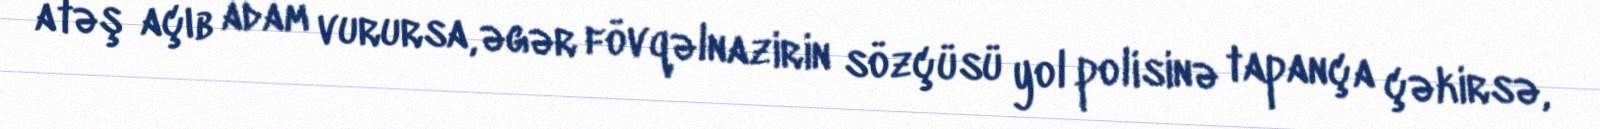
atəş açıb adam vurursa, əgər fövqəlnazirin sözçüsü yol polisinə tapança çəkirsə,